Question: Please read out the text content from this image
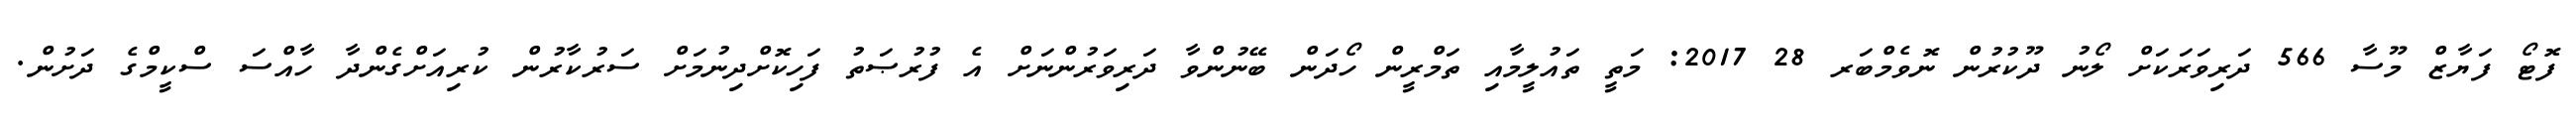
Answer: ފޮޓޯ ފަޔާޒް މޫސާ 566 ދަރިވަރަކަށް ލޯނު ދޫކުރުން ނޮވެމްބަރ 28 2017: މަތީ ތައުލީމާއި ތަމްރީން ހޯދަން ބޭނުންވާ ދަރިވަރުންނަށް އެ ފުރުޞަތު ފަހިކޮށްދިނުމަށް ސަރުކާރުން ކުރިއަށްގެންދާ ހާއްސަ ސްކީމްގެ ދަށުން.